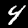
Digit: 4